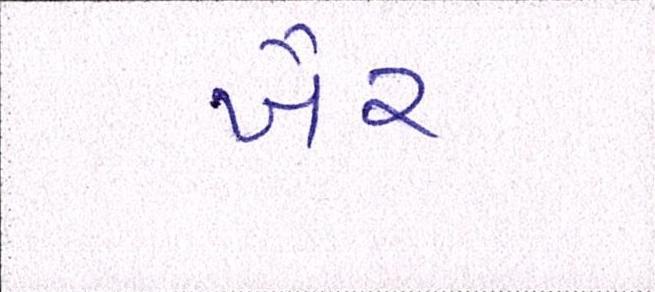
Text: ખૈર